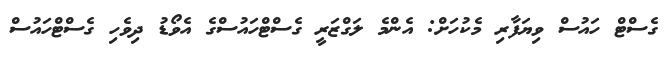
ގެސްޓް ހައުސް ވިޔަފާރި މެކުހަށް: އެންމެ ލަގްޒަރީ ގެސްޓްހައުސްގެ އެވޯޑު ދިވެހި ގެސްޓްހައުސް